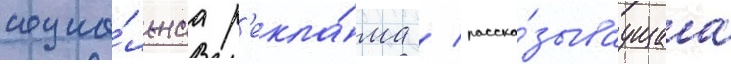
социа́льнаа р'екла́ма / расска́зываущаа